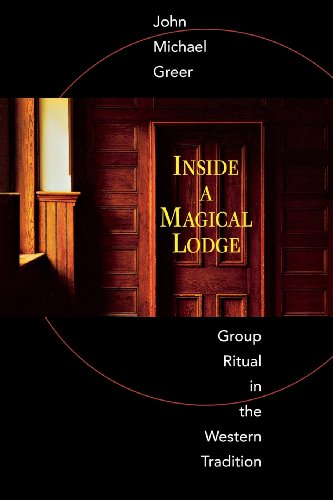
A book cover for Inside a Magical Lodge: Group Ritual in the Western Tradition; John Michael Greer; Religion & Spirituality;